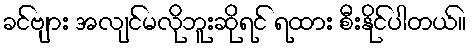
ခင်ဗျား အလျင်မလိုဘူးဆိုရင် ရထား စီးနိုင်ပါတယ်။